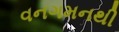
વનગમનથી